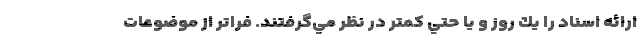
ارائه اسناد را يك روز و يا حتي كمتر در نظر مي‌گرفتند. فراتر از موضوعات